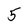
Character: 5